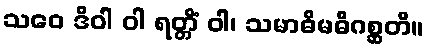
သဝေ ဒိဝါ ဝါ ရတ္တိံ ဝါ၊ သမာဓိမဓိဂစ္ဆတိ။